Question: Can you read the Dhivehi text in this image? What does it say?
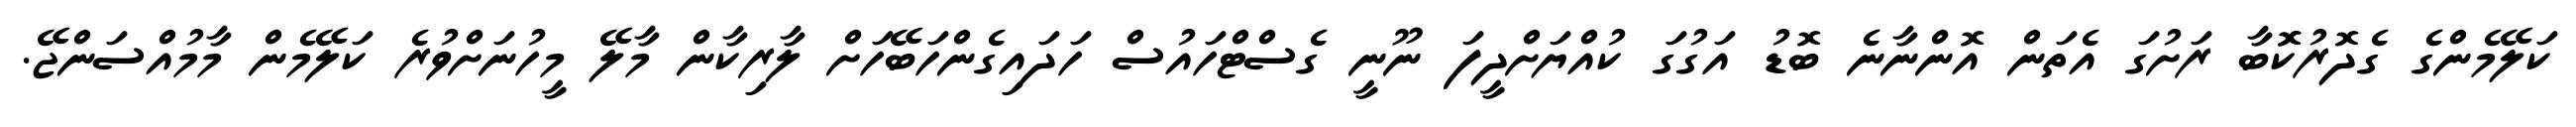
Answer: ކަލޭމެންގެ ގެދޮރުކޮޮބާ ރަށުގަ އެތަން އޮންނާނެ ބޮޑު އަގުގަ ކުއްޔަށްދީފަ ނޫނީ ގެސްޓްހައުސް ހަދައިގެންހަބޭހަށް ލާރިކާން މާލޭ މީހުނަށްވުރެ ކަލޭމެން މާމުއްސަންޖޭ.